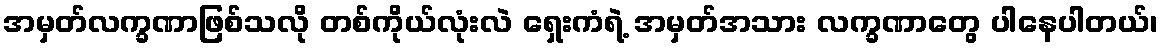
အမှတ်လက္ခဏာဖြစ်သလို တစ်ကိုယ်လုံးလဲ ရှေးကံရဲ့ အမှတ်အသား လက္ခဏာတွေ ပါနေပါတယ်၊